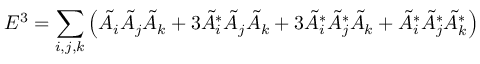
E ^ { 3 } = \sum _ { i , j , k } \left( \tilde { A } _ { i } \tilde { A } _ { j } \tilde { A } _ { k } + 3 \tilde { A } _ { i } ^ { * } \tilde { A } _ { j } \tilde { A } _ { k } + 3 \tilde { A } _ { i } ^ { * } \tilde { A } _ { j } ^ { * } \tilde { A } _ { k } + \tilde { A } _ { i } ^ { * } \tilde { A } _ { j } ^ { * } \tilde { A } _ { k } ^ { * } \right)